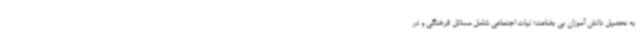
به تحصیل دانش آموزان بی بضاعت؛ نیات اجتماعی شامل مسائل فرهنگی و در